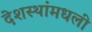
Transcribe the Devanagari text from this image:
देशस्थांमधली